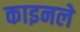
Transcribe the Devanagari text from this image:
काइनले